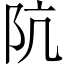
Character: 阬